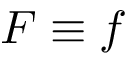
F \equiv f